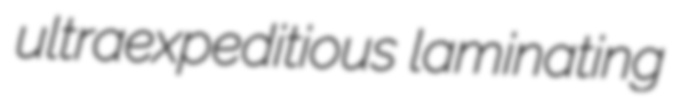
ultraexpeditious laminating